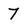
Character: 7